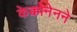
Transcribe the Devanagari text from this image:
केक्कोनेनने